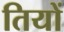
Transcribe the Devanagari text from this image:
तियों